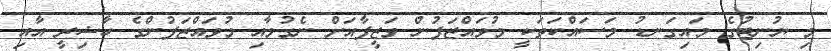
މި ޔުނިޓުގެ މައިގަނޑު މަސައްކަތަކީ މުވައްޒަފުން ވަޒީފާއަށް ނެގުމާއި މުވައްޒަފުންގެ ހާޟިރީ އާއި